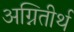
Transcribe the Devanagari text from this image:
अग्नितीर्थ